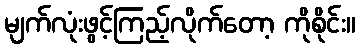
မျက်လုံးဖွင့်ကြည့်လိုက်တော့ ကိုစိုင်း။